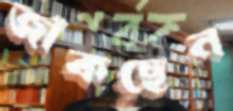
জাঁকছেন